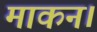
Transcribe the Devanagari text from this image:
माकन।